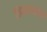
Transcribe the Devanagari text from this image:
विनायकांची